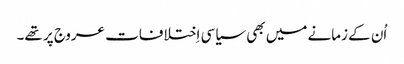
‏ اُن کے زمانے میں بھی سیاسی اِختلافات عروج پر تھے۔